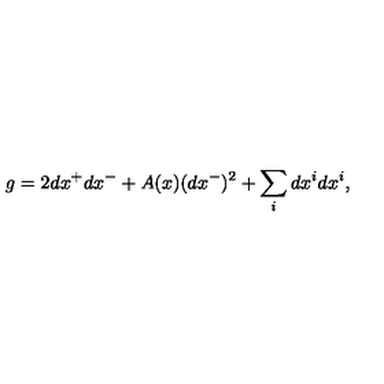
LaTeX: g = 2 d x ^ { + } d x ^ { - } + A ( x ) ( d x ^ { - } ) ^ { 2 } + \sum _ { i } d x ^ { i } d x ^ { i } ,